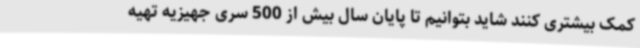
کمک بیشتری کنند شاید بتوانیم تا پایان سال بیش از 500 سری جهیزیه تهیه